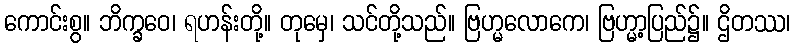
ကောင်းစွ။ ဘိက္ခဝေ၊ ရဟန်းတို့။ တုမှေ၊ သင်တို့သည်။ ဗြဟ္မလောကေ၊ ဗြဟ္မာ့ပြည်၌။ ဌိတဿ၊